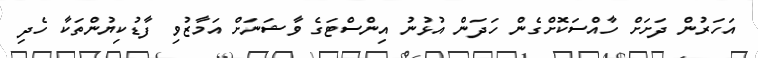
އަހަރުން ދަށަށް ހާއްސަކޮށްގެން ހަދަން އުޅުނު އިންސްޓަގެ ވާޝަނަށް އަމާޒުވި ފާޑުކިޔުންތަކާ ހެދި